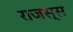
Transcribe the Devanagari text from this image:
राजस्स